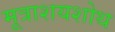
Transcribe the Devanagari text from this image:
मूत्राशयशोथ